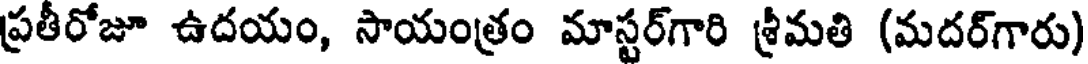
ప్రతీరోజూ ఉదయం, సాయంత్రం మాస్టర్గారి శ్రీమతి (మదర్గారు)